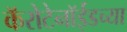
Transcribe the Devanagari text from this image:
कॅरोटेनॉईडच्या